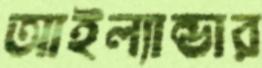
আইল্যান্ডার